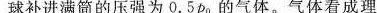
球补进满筒的压强为0.5p0的气体。气体看成理